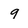
Character: 9